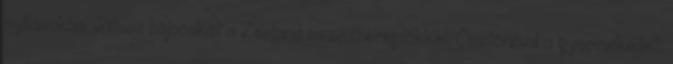
nyílásokba. Játssz bújocskát a Zeeland meseszereplőkkel. Ösztönözd a gyermekedet,